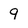
Character: 9